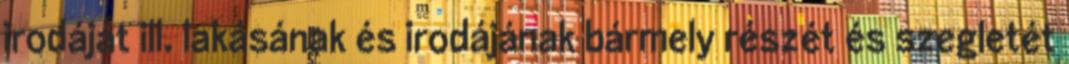
irodáját ill. lakásának és irodájának bármely részét és szegletét